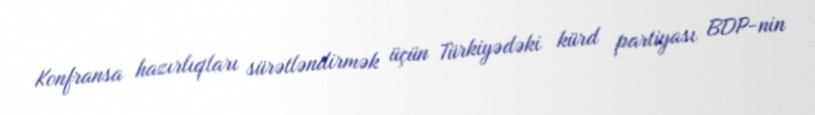
Konfransa hazırlıqları sürətləndirmək üçün Türkiyədəki kürd partiyası BDP-nin